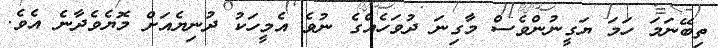
ތިބޭނަމަ ހަމަ ޔަގީނުންވެސް މާގިނަ ދުވަހެއްގެ ނުވެ އެމީހަކު ދުނިޔެއަށް މޮޔެވެދާނެ އެވެ.